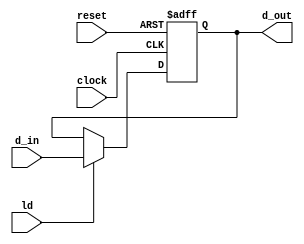
module Register #(parameter n=32) (
  d_in, 
  reset, 
  ld, 
  clock, 
  d_out
);
  input  [n-1:0]        d_in;
  input                 reset, ld, clock;
  output reg [n-1:0]    d_out;
  
  always @(posedge clock, posedge reset) begin
    if (reset==1'b1)
      d_out <= 0;
    else if (ld)
      d_out <= d_in;
    else
      d_out <= d_out;
  end
  
endmodule